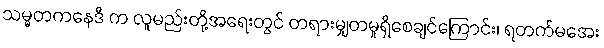
သမ္မတကနေဒီ က လူမည်းတို့အရေးတွင် တရားမျှတမှုရှိစေချင်ကြောင်း၊ ရတက်မအေး